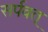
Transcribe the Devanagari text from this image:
सर्पवत्